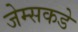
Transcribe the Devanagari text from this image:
जेम्सकडे